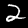
Label: 2